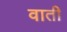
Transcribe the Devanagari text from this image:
वाती